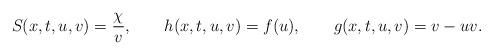
LaTeX: \begin{align*} S(x,t,u,v)=\frac{\chi}{v}, && h(x,t,u,v)=f(u), && g(x,t,u,v)=v-uv.\end{align*}